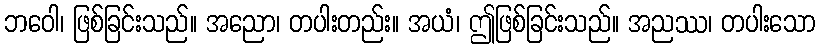
ဘဝေါ၊ ဖြစ်ခြင်းသည်။ အညော၊ တပါးတည်း။ အယံ၊ ဤဖြစ်ခြင်းသည်။ အညဿ၊ တပါးသော